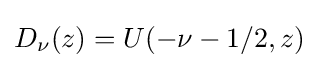
D_{\nu }(z)=U(-\nu -1/2,z)